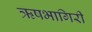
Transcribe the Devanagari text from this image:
ऋषभागिरी